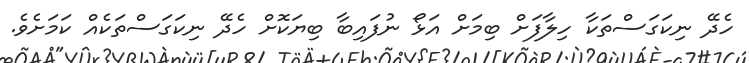
ހެދޭ ނިކަގަސްތަކާ ހިލާފަށް ބިމަށް އަޅޯ ނުފައިބާ ބިޔަކޮށް ހެދޭ ނިކަގަސްތަކެއް ކަމަށެވެ.